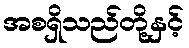
အစရှိသည်တို့နှင့်